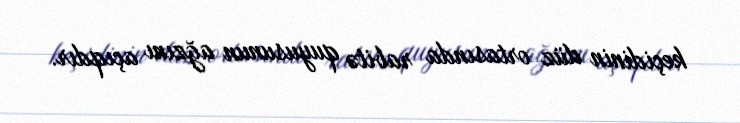
keçidinin düz ortasında rabitə quyusunun ağzını açıqdır.